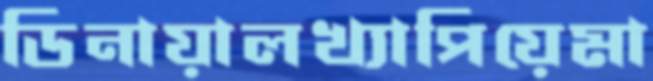
ডিনায়ালখ্যাপিয়েমা